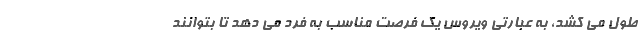
طول می کشد، به عبارتی ویروس یک فرصت مناسب به فرد می دهد تا بتوانند